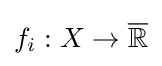
f_{i}:X\to {\overline {\mathbb {R} }}